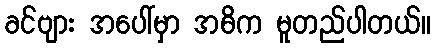
ခင်ဗျား အပေါ်မှာ အဓိက မူတည်ပါတယ်။